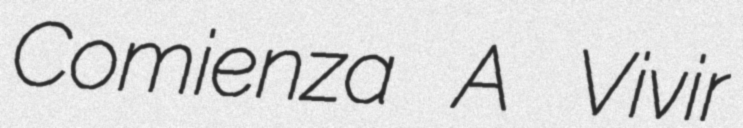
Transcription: Comienza A Vivir